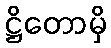
ဋ္ဌိတောမှိ